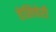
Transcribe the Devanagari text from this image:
तेलिचेरी